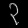
Digit: ၃